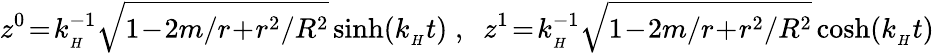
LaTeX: z^{0}\! =\! k_{\mathrm{}_{H}}^{-1}\sqrt{1\! -\! 2m/r\! +\! r^{2}/R^{2}}\sinh(k_{\mathrm{}_{H}}t)\; ,\; \; z^{1}\! =\! k_{\mathrm{}_{H}}^{-1}\sqrt{1\! -\! 2m/r\! +\! r^{2}/R^{2}}\cosh(k_{\mathrm{}_{H}}t)